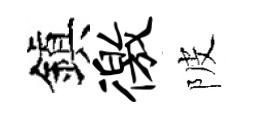
鎭徼陂